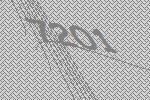
7201